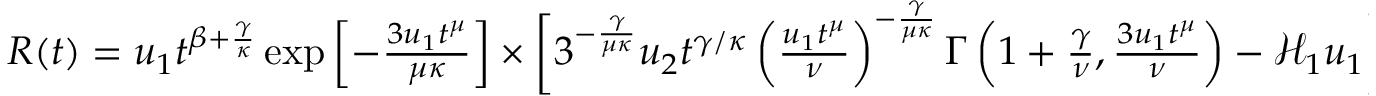
\begin{array} { r } { R ( t ) = u _ { 1 } t ^ { \beta + \frac { \gamma } { \kappa } } \exp \left[ - \frac { 3 u _ { 1 } t ^ { \mu } } { \mu \kappa } \right] \times \bigg [ 3 ^ { - \frac { \gamma } { \mu \kappa } } u _ { 2 } t ^ { \gamma / \kappa } \left( \frac { u _ { 1 } t ^ { \mu } } { \nu } \right) ^ { - \frac { \gamma } { \mu \kappa } } \Gamma \left( 1 + \frac { \gamma } { \nu } , \frac { 3 u _ { 1 } t ^ { \mu } } { \nu } \right) - \mathcal { H } _ { 1 } u _ { 1 } \bigg ] ^ { - 1 } , } \end{array}